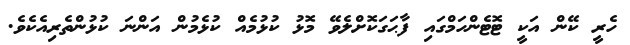
ހެރީ ކޭން އަކީ ޓޮޓެންހަމްގައި ފާޙަގަކޮށްލެވޭ މޮޅު ކުޅުމެއް ކުޅެމުން އަންނަ ކުޅުންތެރިއެކެވެ.